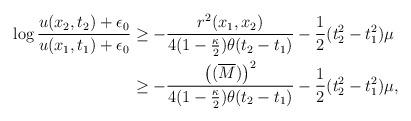
LaTeX: \begin{align*}\begin{aligned}\log \frac{u(x_2, t_2) + \epsilon_0}{u(x_1, t_1) + \epsilon_0} &\geq - \frac{r^2(x_1, x_2)}{4(1 - \frac{\kappa}{2})\theta (t_2 - t_1)} - \frac{1}{2}(t_2^2 - t_1^2)\mu\\&\geq - \frac{\big((\overline{M})\big)^2}{4(1 - \frac{\kappa}{2})\theta (t_2 - t_1)} - \frac{1}{2}(t_2^2 - t_1^2)\mu,\end{aligned}\end{align*}